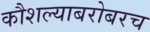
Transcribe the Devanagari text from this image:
कौशल्याबरोबरच